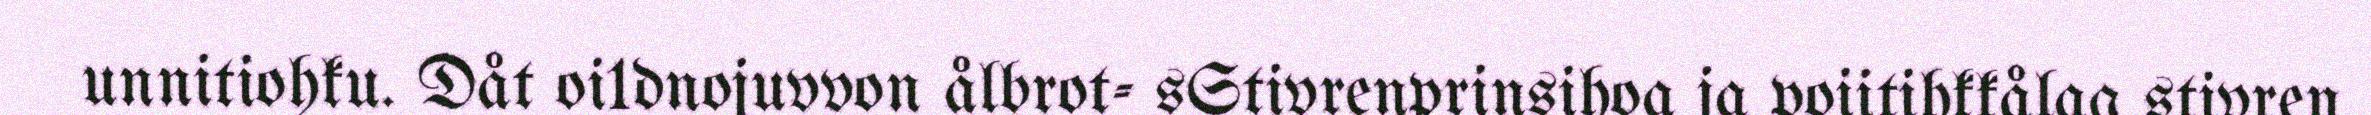
unnitiohku. Dåt oi1dnojuvvon ålbrot- sStivrenprinsihoa ja poiitihkkålag stivren